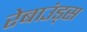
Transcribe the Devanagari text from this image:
रेबाउंड्स